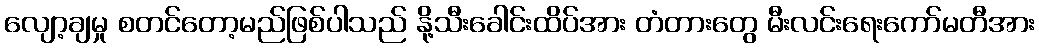
လျော့ချမှု စတင်တော့မည်ဖြစ်ပါသည် နို့သီးခေါင်းထိပ်အား တံတားတွေ မီးလင်းရေးကော်မတီအား